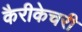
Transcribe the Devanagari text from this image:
कैरीकेचरी